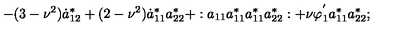
- ( 3 - \nu ^ { 2 } ) \dot { a } _ { 1 2 } ^ { * } + ( 2 - \nu ^ { 2 } ) \dot { a } _ { 1 1 } ^ { * } a _ { 2 2 } ^ { * } + : a _ { 1 1 } a _ { 1 1 } ^ { * } a _ { 1 1 } ^ { * } a _ { 2 2 } ^ { * } : + \nu \varphi _ { 1 } ^ { ' } a _ { 1 1 } ^ { * } a _ { 2 2 } ^ { * } ;